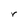
Character: r